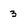
Character: 3